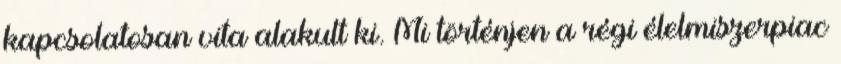
kapcsolatosan vita alakult ki. Mi történjen a régi élelmiszerpiac